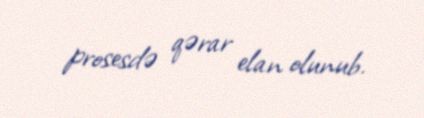
prosesdə qərar elan olunub.